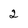
Character: 2